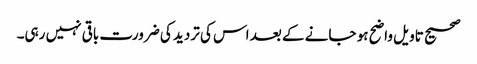
صحیح تاویل واضح ہو جانے کے بعد اس کی تردید کی ضرورت باقی نہیں رہی۔